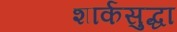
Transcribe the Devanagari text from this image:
शार्कसुद्धा